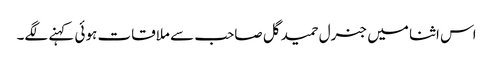
اس اثنا میں جنرل حمید گل صاحب سے ملاقات ہوئی کہنے لگے۔